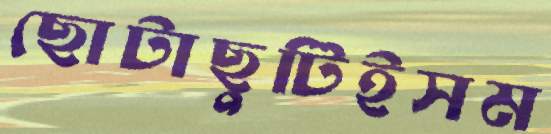
ছোটাছুটিইসম